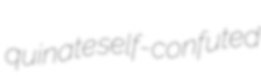
quinate self-confuted